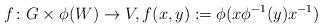
LaTeX: \begin{align*}f\colon G\times \phi(W)\to V,f(x,y):=\phi(x\phi^{-1}(y)x^{-1})\end{align*}